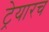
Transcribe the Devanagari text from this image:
ट्रेयारच